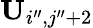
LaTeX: \mathbf{U}_{i^{\prime\prime},j^{\prime\prime}+2}